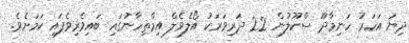
ދިޔަ އަހަރު ހަނިމާދޫ ސްކޫލުން 22 ދަރިވަރަކު އޯލެވެލް އިމްތިހާނުގައި ބައިވެރިވެފައި ކަމަށެވެ.